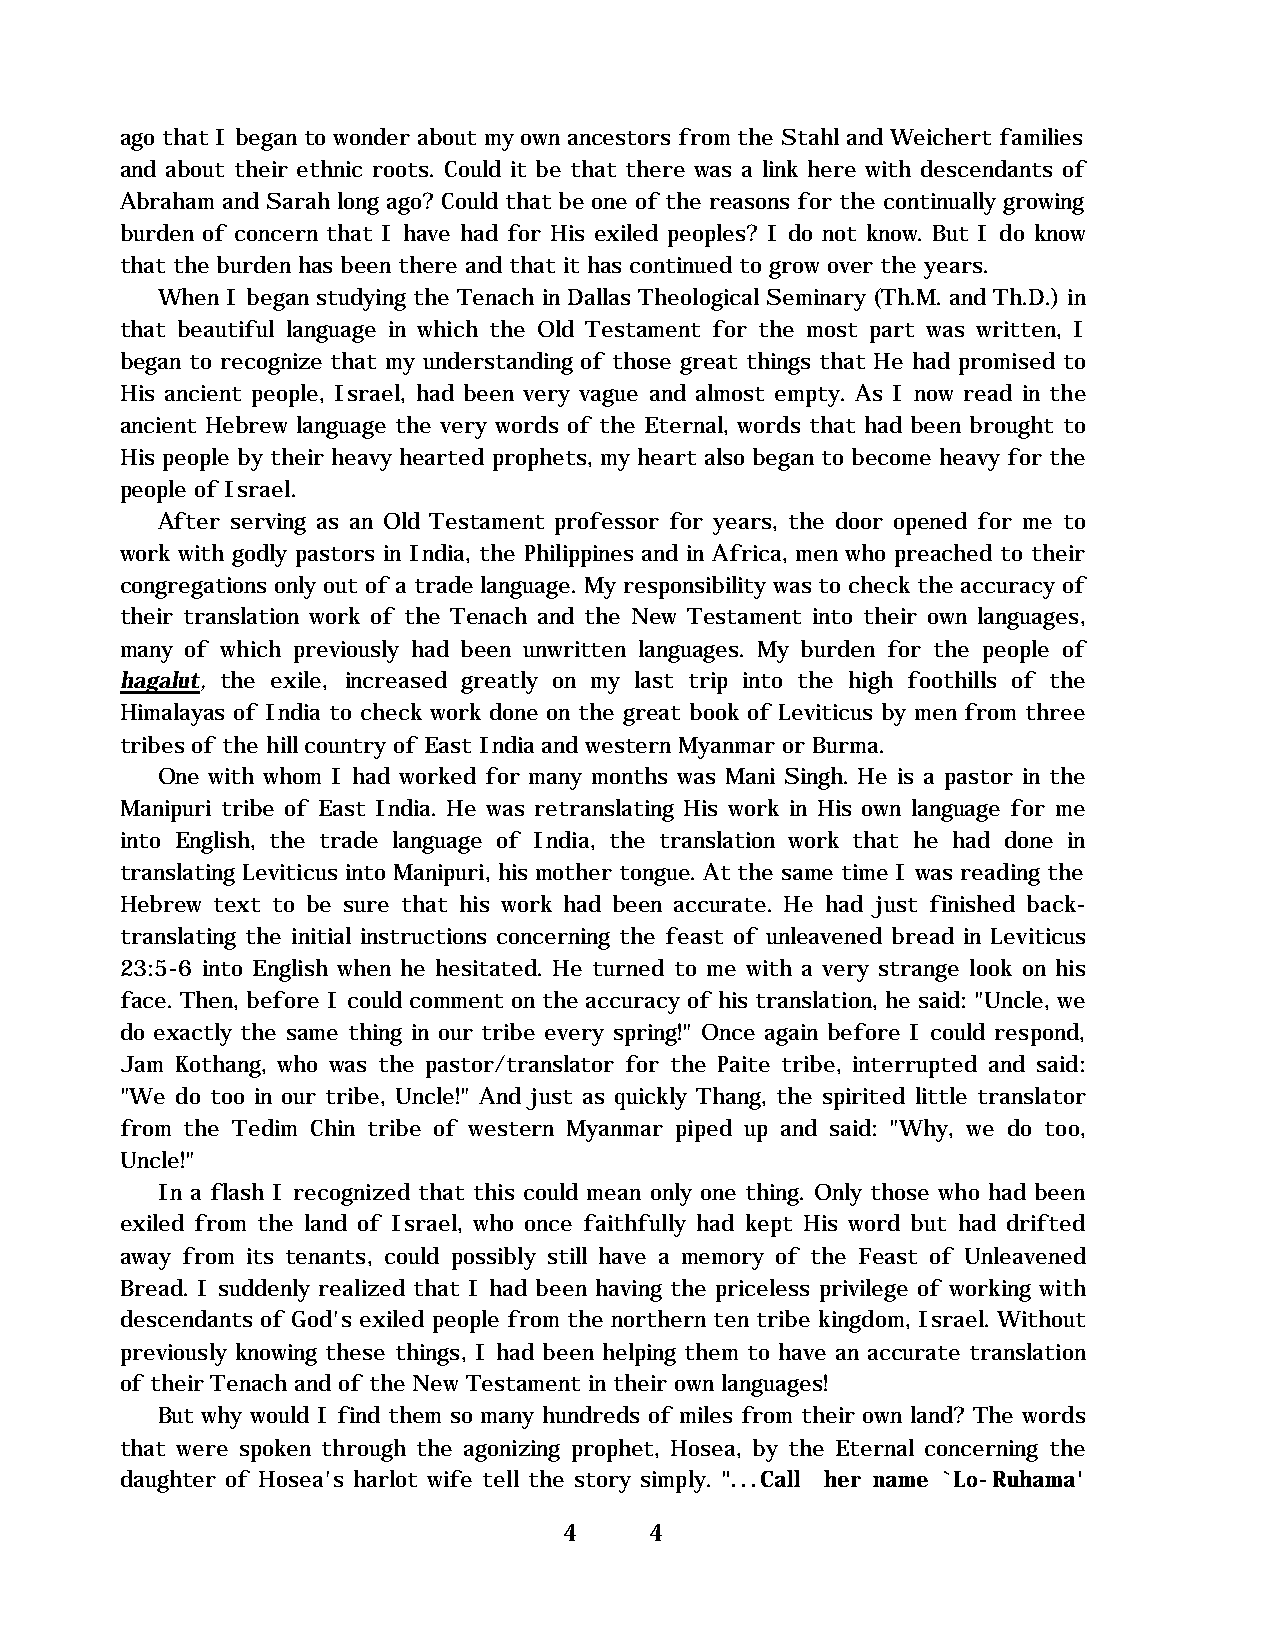
ago that I began to wonder about my own ancestors from the Stahl and Weichert families
 and about their ethnic roots. Could it be that there was a link here with descendants of
 Abraham and Sarah long ago? Could that be one of the reasons for the continually growing
 burden of concern that I have had for His exiled peoples? I do not know. But I do know
 that the burden has been there and that it has continued to grow over the years.
 When I began studying the Tenach in Dallas Theological Seminary (Th.M. and Th.D.) in
 that beautiful language in which the Old Testament for the most part was written, I
 began to recognize that my understanding of those great things that He had promised to
 His ancient people, Israel, had been very vague and almost empty. As I now read in the
 ancient Hebrew language the very words of the Eternal, words that had been brought to
 His people by their heavy hearted prophets, my heart also began to become heavy for the
 people of Israel.
 After serving as an Old Testament professor for years, the door opened for me to
 work with godly pastors in India, the Philippines and in Africa, men who preached to their
 congregations only out of a trade language. My responsibility was to check the accuracy of
 their translation work of the Tenach and the New Testament into their own languages,
 many of which previously had been unwritten languages. My burden for the people of
 hagalut, the exile, increased greatly on my last trip into the high foothills of the
 Himalayas of India to check work done on the great book of Leviticus by men from three
 tribes of the hill country of East India and western Myanmar or Burma.
 One with whom I had worked for many months was Mani Singh. He is a pastor in the
 Manipuri tribe of East India. He was retranslating His work in His own language for me
 into English, the trade language of India, the translation work that he had done in
 translating Leviticus into Manipuri, his mother tongue. At the same time I was reading the
 Hebrew text to be sure that his work had been accurate. He had just finished back-
 translating the initial instructions concerning the feast of unleavened bread in Leviticus
 23:5-6 into English when he hesitated. He turned to me with a very strange look on his
 face. Then, before I could comment on the accuracy of his translation, he said: "Uncle, we
 do exactly the same thing in our tribe every spring!" Once again before I could respond,
 Jam Kothang, who was the pastor/translator for the Paite tribe, interrupted and said:
 "We do too in our tribe, Uncle!" And just as quickly Thang, the spirited little translator
 from the Tedim Chin tribe of western Myanmar piped up and said: "Why, we do too,
 Uncle!"
 In a flash I recognized that this could mean only one thing. Only those who had been
 exiled from the land of Israel, who once faithfully had kept His word but had drifted
 away from its tenants, could possibly still have a memory of the Feast of Unleavened
 Bread. I suddenly realized that I had been having the priceless privilege of working with
 descendants of God's exiled people from the northern ten tribe kingdom, Israel. Without
 previously knowing these things, I had been helping them to have an accurate translation
 of their Tenach and of the New Testament in their own languages!
 But why would I find them so many hundreds of miles from their own land? The words
 that were spoken through the agonizing prophet, Hosea, by the Eternal concerning the
 daughter of Hosea's harlot wife tell the story simply. "...Call her name `Lo-Ruhama'
 4     4